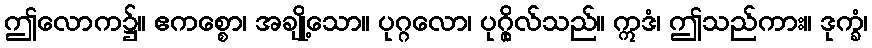
ဤလောက၌။ ဧကစ္စော၊ အချို့သော။ ပုဂ္ဂလော၊ ပုဂ္ဂိုလ်သည်။ ဣဒံ၊ ဤသည်ကား။ ဒုက္ခံ၊